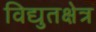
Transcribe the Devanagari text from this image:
विद्युतक्षेत्र